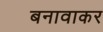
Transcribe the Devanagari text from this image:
बनावाकर